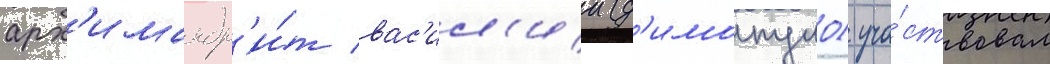
арх'имандр'и́т вас'ил'ии (д'имопуло) уча́ствовал